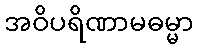
အဝိပရိဏာမဓမ္မာ